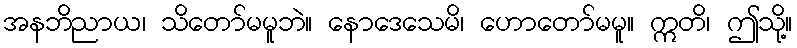
အနဘိညာယ၊ သိတော်မမူဘဲ။ နောဒေသေမိ၊ ဟောတော်မမူ။ ဣတိ၊ ဤသို့။